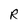
Character: R